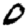
Digit: 0